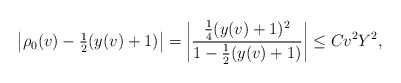
\begin{align*} \left|\rho_0(v)-\tfrac{1}{2}(y(v)+1)\right|=\left|\frac{\tfrac{1}{4}(y(v)+1)^2}{1-\tfrac{1}{2}(y(v)+1)}\right|\leq Cv^2Y^2,\end{align*}